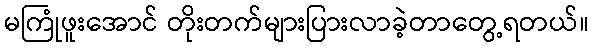
မကြုံဖူးအောင် တိုးတက်များပြားလာခဲ့တာတွေ့ရတယ်။